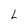
Character: L